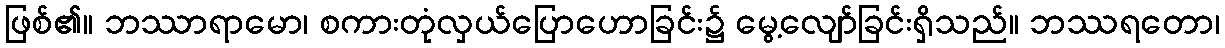
ဖြစ်၏။ ဘဿာရာမော၊ စကားတုံလှယ်ပြောဟောခြင်း၌ မွေ့လျော်ခြင်းရှိသည်။ ဘဿရတော၊